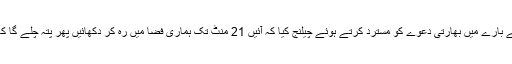
انہوں نے اس کارروائی کے بارے میں بھارتی دعوے کو مسترد کرتے ہوئے چیلنج کیا کہ آئیں 21 منٹ تک ہماری فضا میں رہ کر دکھائیں پھر پتہ چلے گا کہ آپ رہ سکتے ہیں یا نہیں۔